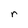
Character: r